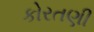
કોરતણી